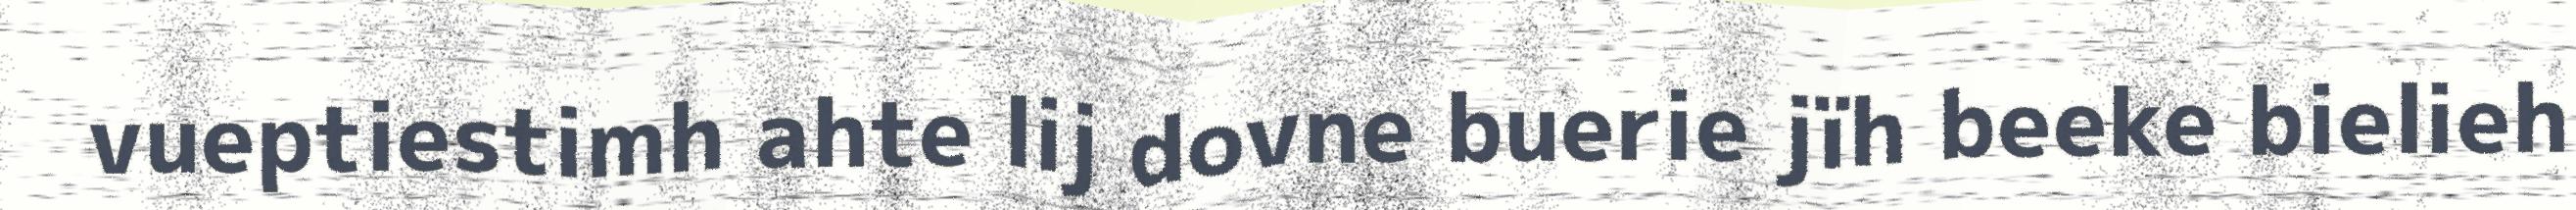
vueptiestimh ahte lij dovne buerie jïh beeke bielieh